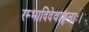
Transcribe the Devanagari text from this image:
रम्भादिदेवाङ्गनाः।